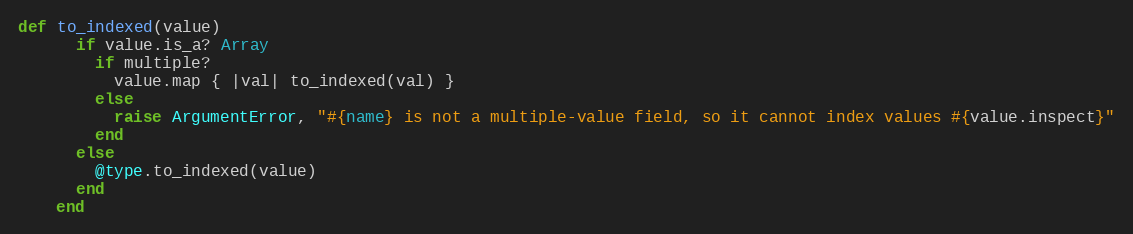
Language: Ruby
def to_indexed(value)
      if value.is_a? Array
        if multiple?
          value.map { |val| to_indexed(val) }
        else
          raise ArgumentError, "#{name} is not a multiple-value field, so it cannot index values #{value.inspect}"
        end
      else
        @type.to_indexed(value)
      end
    end